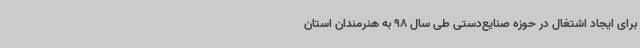
برای ایجاد اشتغال در حوزه صنایع‌دستی طی سال 98 به هنرمندان استان